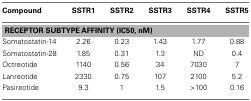
| Compound | SSTR1 | SSTR2 | SSTR3 | SSTR4 | SSTR5 |
 | --- | --- | --- | --- | --- | --- |
 | <COLSPAN=6> RECEPTOR SUBTYPE AFFINITY (IC50, nM) |
 | Somatostatin-14 | 2.26 | 0.23 | 1.43 | 1.77 | 0.88 |
 | Somatostatin-28 | 1.85 | 0.31 | 1.3 | ND | 0.4 |
 | Octreotide | 1140 | 0.56 | 34 | 7030 | 7 |
 | Lanreotide | 2330 | 0.75 | 107 | 2100 | 5.2 |
 | Pasireotide | 9.3 | 1 | 1.5 | >100 | 0.16 |